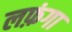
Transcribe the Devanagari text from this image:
लफ़ंगा